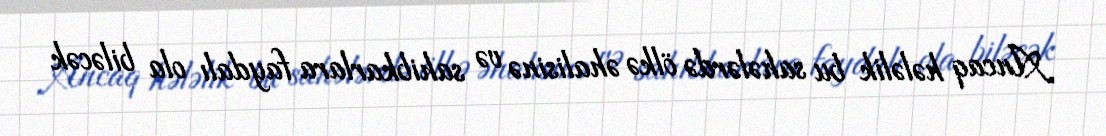
Ancaq hələlik bu sahələrdə ölkə əhalisinə və sahibkarlara faydalı ola biləcək